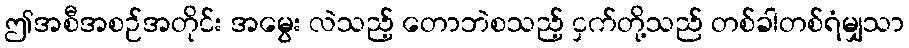
ဤအစီအစဉ်အတိုင်း အမွေး လဲသည့် တောဘဲစသည့် ငှက်တို့သည် တစ်ခါတစ်ရံမျှသာ